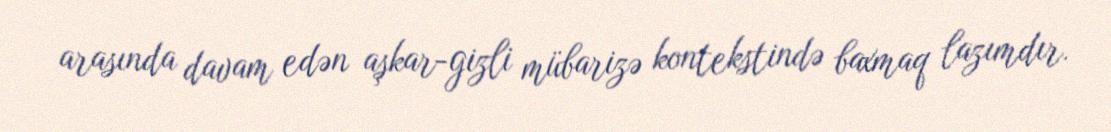
arasında davam edən aşkar-gizli mübarizə kontekstində baxmaq lazımdır.